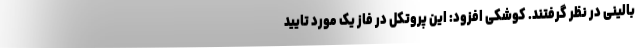
بالینی در نظر گرفتند. کوشکی افزود: این پروتکل در فاز یک مورد تایید